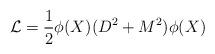
LaTeX: \begin{align*} \mathcal{L} = \frac{1}{2} \phi(X)(D^2 + M^2)\phi(X)\end{align*}